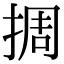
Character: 㨄